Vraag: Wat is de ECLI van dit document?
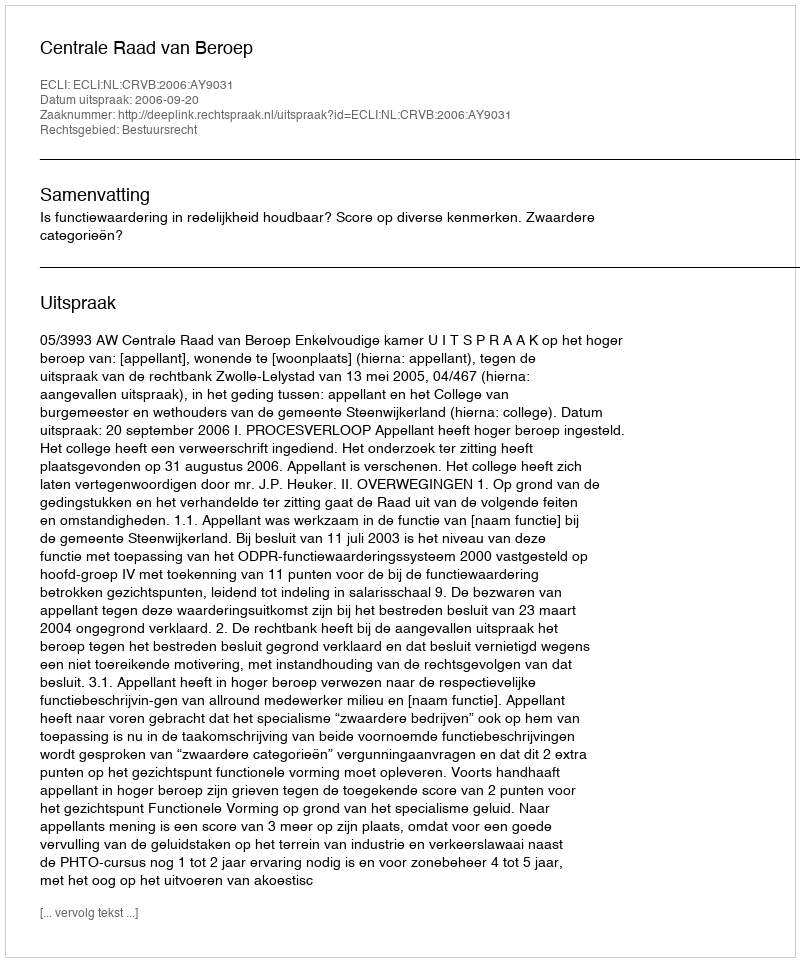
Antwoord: ECLI:NL:CRVB:2006:AY9031